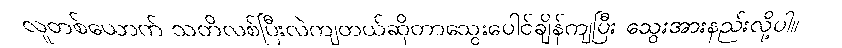
လူတစ်ယောက် သတိလစ်ပြီးလဲကျတယ်ဆိုတာသွေးပေါင်ချိန်ကျပြီး သွေးအားနည်းလို့ပါ။